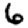
Digit: 6